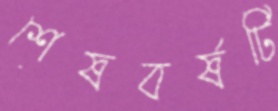
শেষবর্ষটি